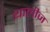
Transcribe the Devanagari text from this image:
थालीज